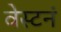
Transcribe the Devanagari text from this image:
वेस्टनं